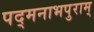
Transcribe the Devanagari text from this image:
पद्मनाभपुराम्